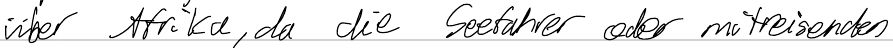
über Afrika, da die Seefahrer oder mitreisenden